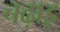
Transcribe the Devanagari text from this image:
चढ़ाइ